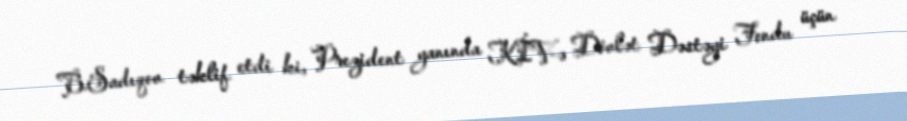
B.Sadıqov təklif etdi ki, Prezident yanında KİV-ə Dövlət Dəstəyi Fondu üçün